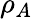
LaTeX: \rho_{A}